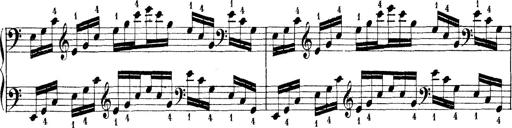
Title: Technische Studien
Composer: Franz Liszt